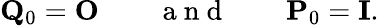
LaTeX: {\mathbf Q}_{0}={\mathbf O}\qquad\mathrm{~a~n~d~}\qquad{\mathbf P}_{0}={\mathbf I}.